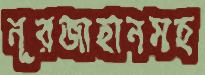
নূরজাহানসহ